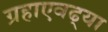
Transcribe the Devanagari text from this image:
ग्रहाएवढ्या